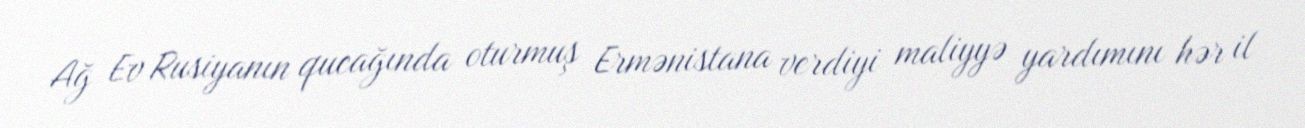
Ağ Ev Rusiyanın qucağında oturmuş Ermənistana verdiyi maliyyə yardımını hər il